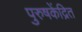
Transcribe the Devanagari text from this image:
पुरुषकेंद्रित